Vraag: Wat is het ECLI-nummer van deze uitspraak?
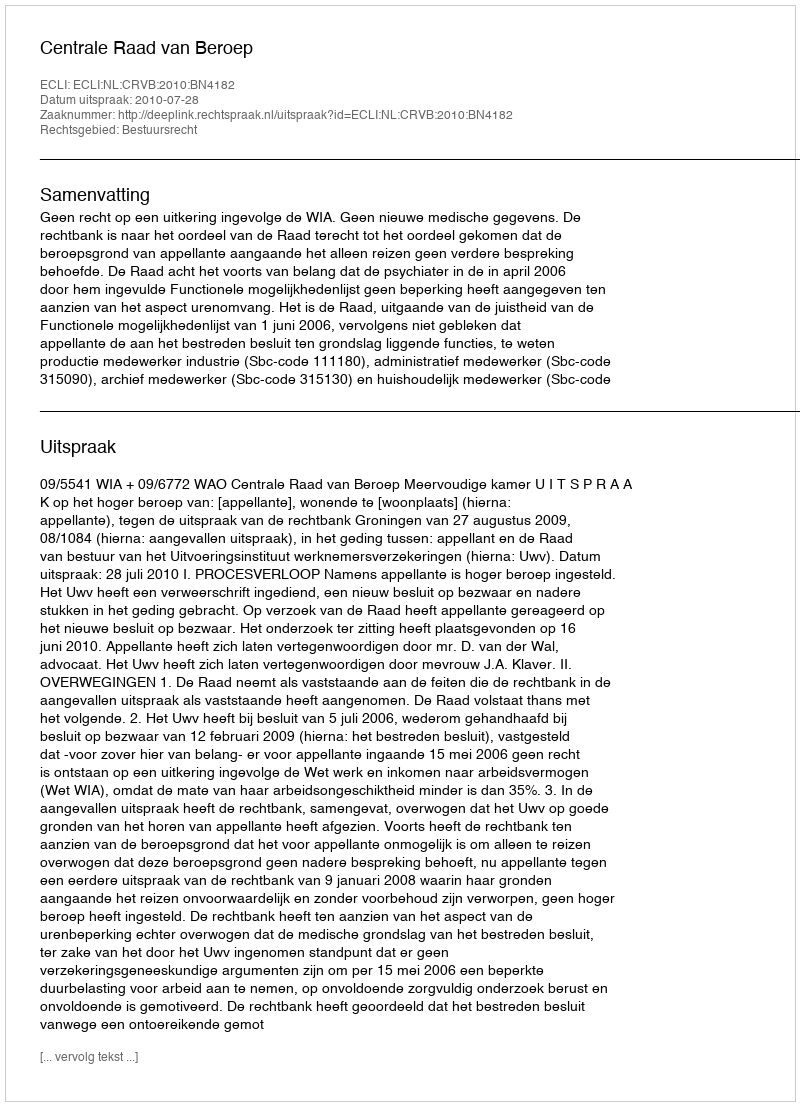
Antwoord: ECLI:NL:CRVB:2010:BN4182